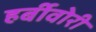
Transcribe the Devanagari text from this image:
हर्बीवोरी